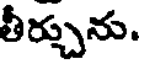
తీర్చును.